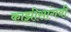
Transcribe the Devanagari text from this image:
काझीसांगवी